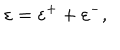
\varepsilon = \varepsilon ^ { + } + \varepsilon ^ { - } ,